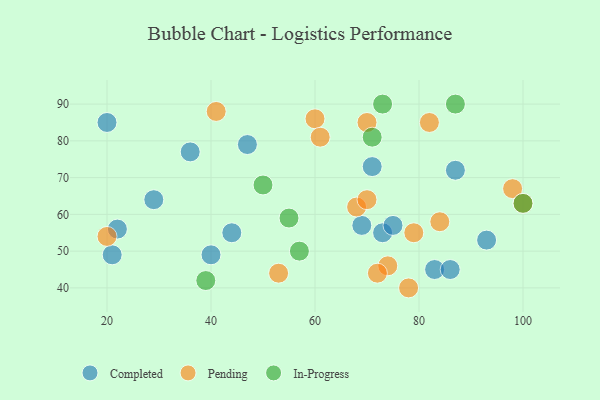
{"axis": {"x": "GDP", "y": "Life Expectancy"}, "legend": ["Completed", "In-Progress", "Pending"], "data": [{"x": "44", "y": 55, "type": "Completed"}, {"x": "20", "y": 85, "type": "Completed"}, {"x": "83", "y": 45, "type": "Completed"}, {"x": "47", "y": 79, "type": "Completed"}, {"x": "21", "y": 49, "type": "Completed"}, {"x": "93", "y": 53, "type": "Completed"}, {"x": "36", "y": 77, "type": "Completed"}, {"x": "29", "y": 64, "type": "Completed"}, {"x": "86", "y": 45, "type": "Completed"}, {"x": "73", "y": 55, "type": "Completed"}, {"x": "87", "y": 72, "type": "Completed"}, {"x": "40", "y": 49, "type": "Completed"}, {"x": "71", "y": 73, "type": "Completed"}, {"x": "75", "y": 57, "type": "Completed"}, {"x": "22", "y": 56, "type": "Completed"}, {"x": "69", "y": 57, "type": "Completed"}, {"x": "74", "y": 46, "type": "Pending"}, {"x": "68", "y": 62, "type": "Pending"}, {"x": "84", "y": 58, "type": "Pending"}, {"x": "82", "y": 85, "type": "Pending"}, {"x": "98", "y": 67, "type": "Pending"}, {"x": "70", "y": 85, "type": "Pending"}, {"x": "72", "y": 44, "type": "Pending"}, {"x": "53", "y": 44, "type": "Pending"}, {"x": "60", "y": 86, "type": "Pending"}, {"x": "70", "y": 64, "type": "Pending"}, {"x": "20", "y": 54, "type": "Pending"}, {"x": "61", "y": 81, "type": "Pending"}, {"x": "79", "y": 55, "type": "Pending"}, {"x": "41", "y": 88, "type": "Pending"}, {"x": "78", "y": 40, "type": "Pending"}, {"x": "100", "y": 63, "type": "Pending"}, {"x": "100", "y": 63, "type": "In-Progress"}, {"x": "57", "y": 50, "type": "In-Progress"}, {"x": "50", "y": 68, "type": "In-Progress"}, {"x": "73", "y": 90, "type": "In-Progress"}, {"x": "55", "y": 59, "type": "In-Progress"}, {"x": "71", "y": 81, "type": "In-Progress"}, {"x": "87", "y": 90, "type": "In-Progress"}, {"x": "39", "y": 42, "type": "In-Progress"}]}